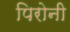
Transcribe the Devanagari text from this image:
पिरोनी